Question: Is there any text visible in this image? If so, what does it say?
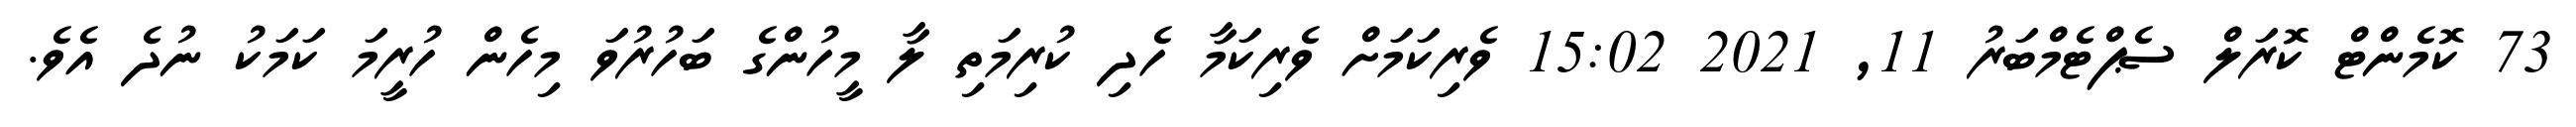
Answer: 73 ކޮމެންޓް ކޮރަލް ސެޕްޓެމްބަރު 11, 2021 15:02 ވެރިކަމަށް ވެރިކަމާ ހެދި ކުރިމަތި ލާ މީހުންގެ ބަހުރުވަ މިހެން ހުރީމަ ކަމަކު ނުދެ އެވެ.